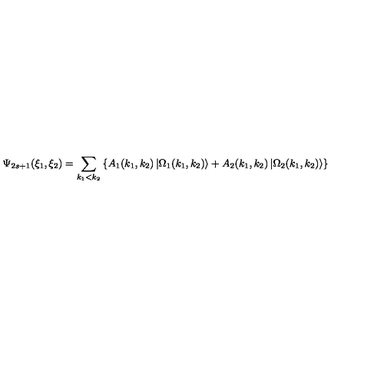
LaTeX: \Psi _ { 2 s + 1 } ( \xi _ { 1 } , \xi _ { 2 } ) = \sum _ { k _ { 1 } < k _ { 2 } } \left\{ A _ { 1 } ( k _ { 1 } , k _ { 2 } ) \left| \Omega _ { 1 } ( k _ { 1 } , k _ { 2 } ) \right\rangle + A _ { 2 } ( k _ { 1 } , k _ { 2 } ) \left| \Omega _ { 2 } ( k _ { 1 } , k _ { 2 } ) \right\rangle \right\}